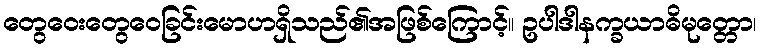
တွေဝေးတွေဝေခြင်းမောဟရှိသည်၏အဖြစ်ကြောင့်။ ဥပါဒါနက္ခယာဓိမုတ္တော၊